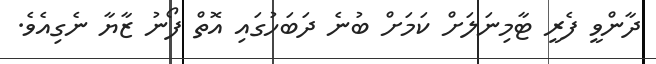
ދާންވީ ފެރީ ޓާމިނަލަށް ކަމަށް ބުނެ ދަބަހުގައި އޮތް ފޯނު ޒާޔާ ނެގިއެވެ.